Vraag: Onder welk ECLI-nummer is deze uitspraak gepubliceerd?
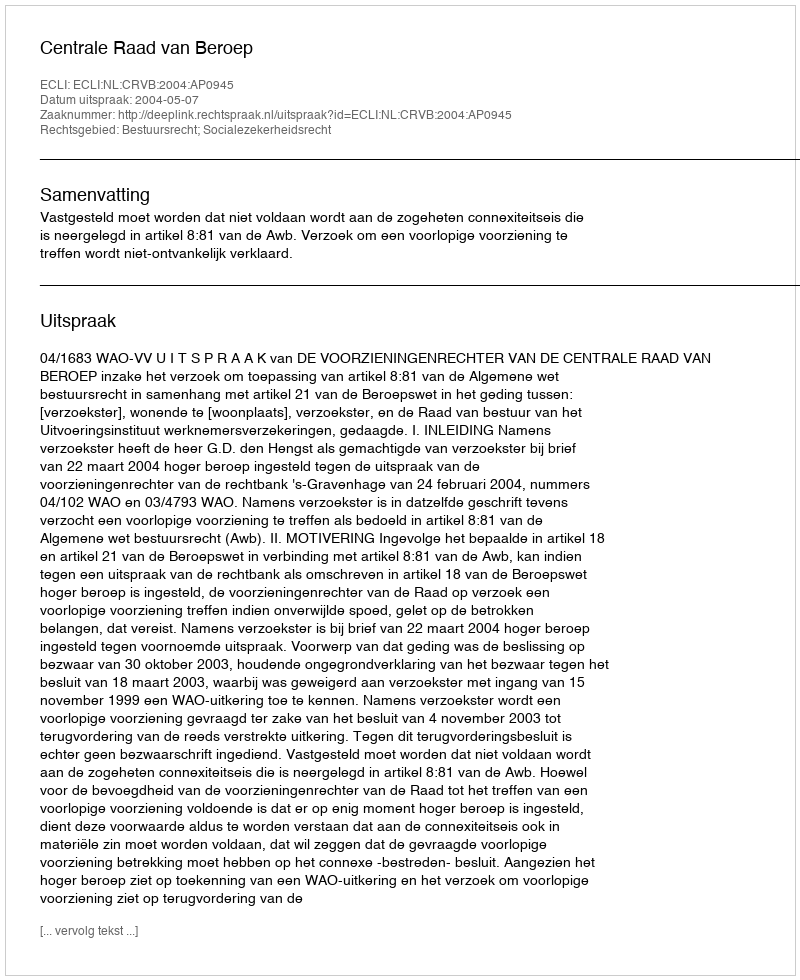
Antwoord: ECLI:NL:CRVB:2004:AP0945